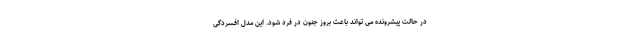
در حالت پیشرونده می تواند باعث بروز جنون در فرد شود. این مدل افسردگی